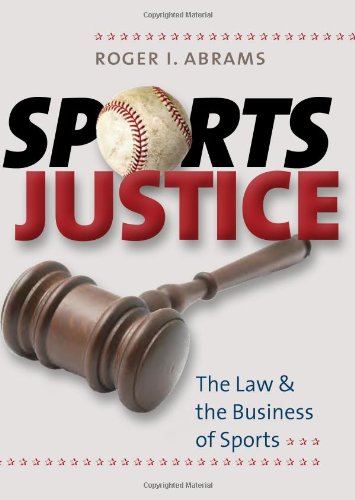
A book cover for Sports Justice: The Law and the Business of Sports; Roger I. Abrams; Law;